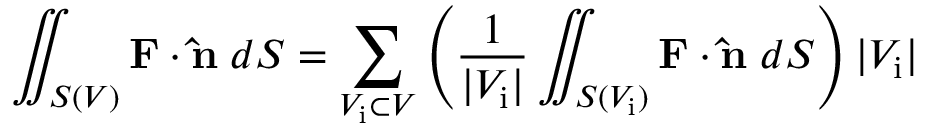
\iint _ { S ( V ) } \mathbf { F } \cdot \mathbf { \hat { n } } \; d S = \sum _ { V _ { \mathrm { i } } \subset V } \left( { \frac { 1 } { | V _ { \mathrm { i } } | } } \iint _ { S ( V _ { \mathrm { i } } ) } \mathbf { F } \cdot \mathbf { \hat { n } } \; d S \right) | V _ { \mathrm { i } } |